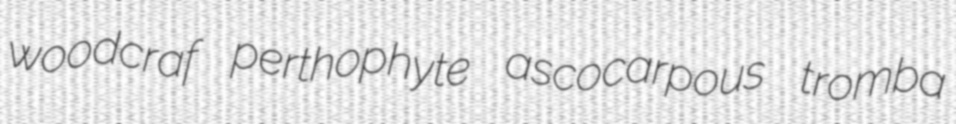
woodcraf perthophyte ascocarpous tromba